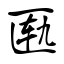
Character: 匦